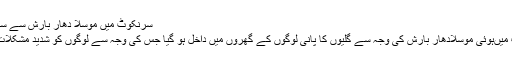
سرنکوٹ میں موسلا دھار بارش سے سیلابی صورتحال پیدا
سرنکوٹ//سرنکوٹ میںہوئی موسلادھار بارش کی وجہ سے گلیوں کا پانی لوگوں کے گھروں میں داخل ہو گیا جس کی وجہ سے لوگوں کو شدید مشکلات کا سامنا کرنا پڑا ۔